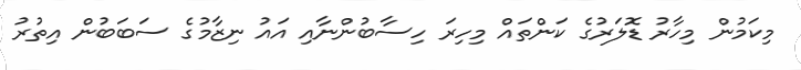
މިކަމުން މިހާރު ޑޮލަރުގެ ކަންތައް މިހިރަ ހިސާބުންނާއި އައު ނިޒާމުގެ ސަބަބުން އިތުރު